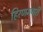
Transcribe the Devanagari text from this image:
हिरणमगरी